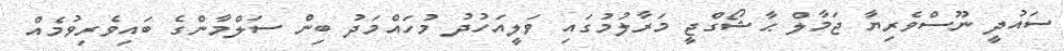
ސައުދީ ނޫސްވެރިޔާ ޖަމާލް ޙާޝޯގްޖީ މަރާލުމުގައި ވަލީއަހުދު މުހައްމަދު ބިން ސަލްމާންގެ ބައިވެރިވުމެއް